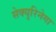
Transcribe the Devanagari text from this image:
सेक्युरिनेगा